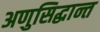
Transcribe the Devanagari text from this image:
अणुसिद्धान्त